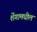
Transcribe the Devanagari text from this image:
शेंगामधील